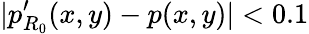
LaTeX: |p_{R_{0}}^{\prime}(x,y)-p(x,y)|<0.1